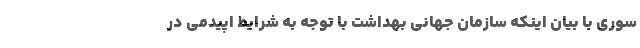
سوری با بیان اینکه سازمان جهانی بهداشت با توجه به شرایط اپیدمی در